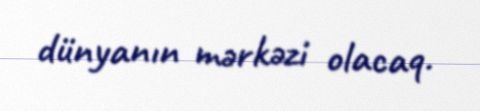
dünyanın mərkəzi olacaq.